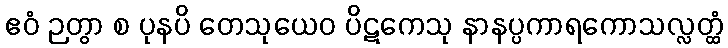
ဧဝံ ဉတွာ စ ပုနပိ တေသုယေဝ ပိဋကေသု နာနပ္ပကာရကောသလ္လတ္ထံ